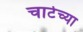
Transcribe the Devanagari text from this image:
चाटेच्या